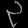
Digit: ၃